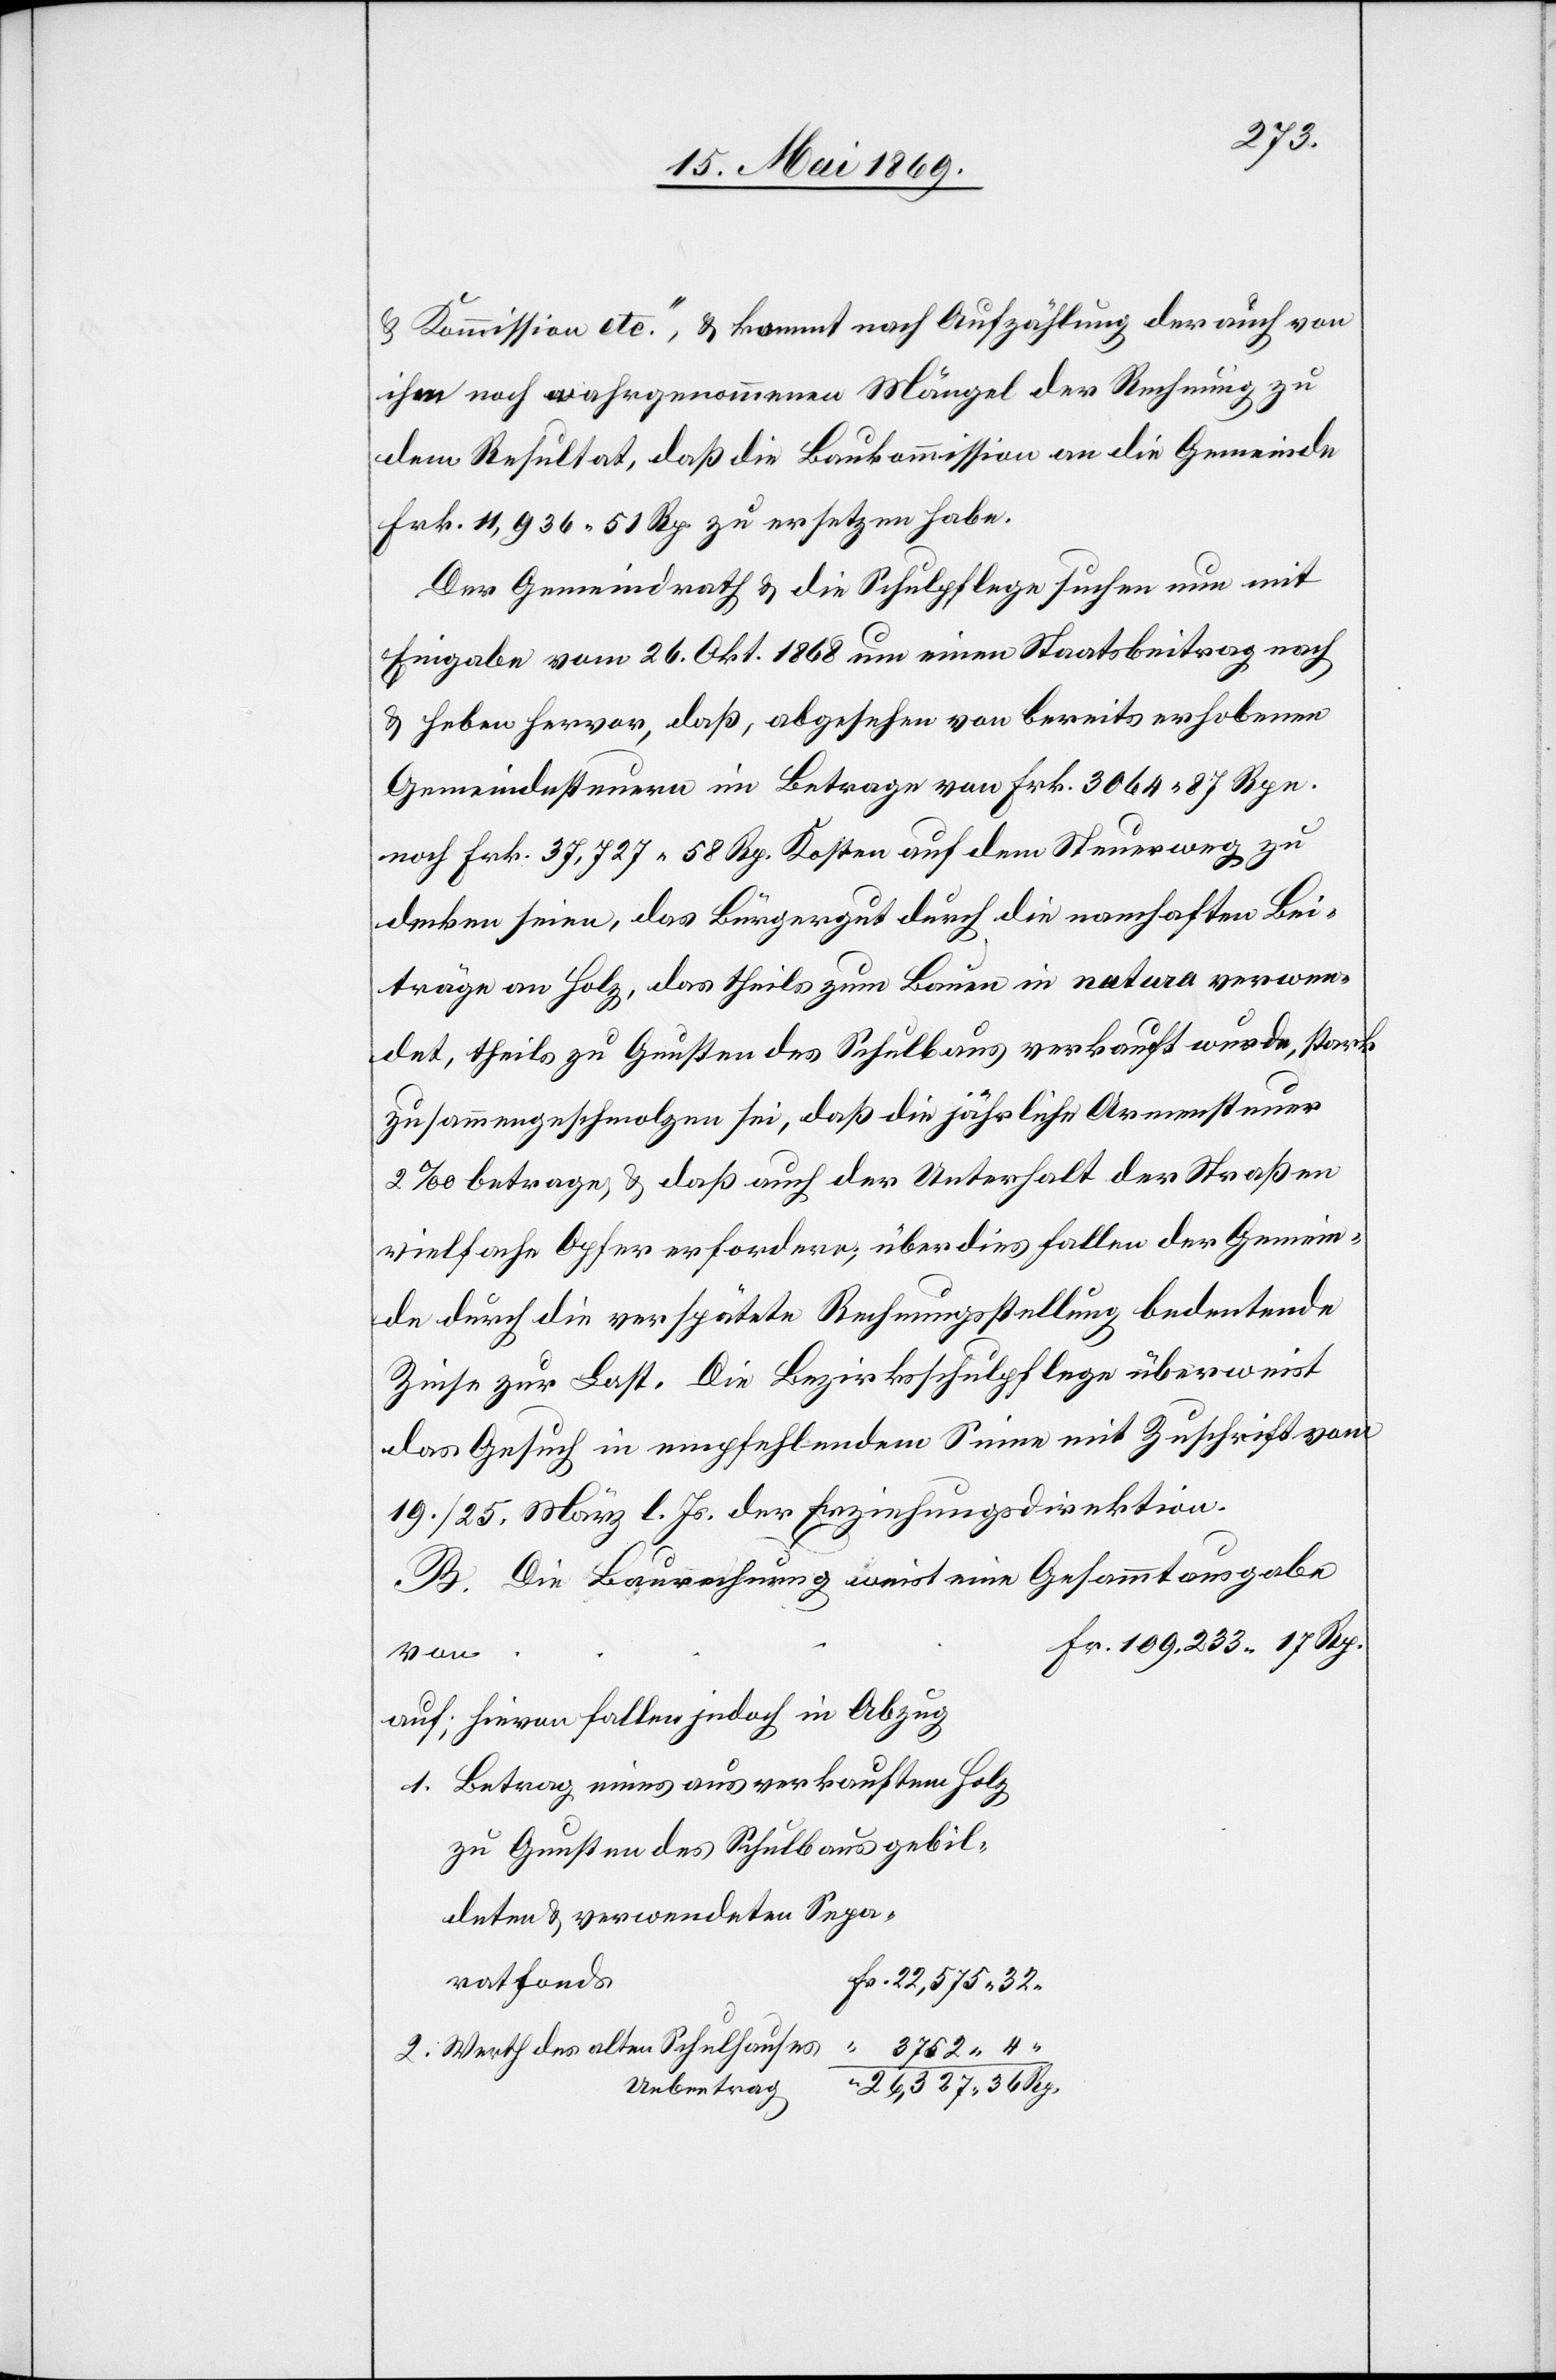
u. Kommission etc.“, u. kommt nach Aufzählung der auch von
ihm noch wahrgenommenen Mängel der Rechnung zu
dem Resultat, daß die Baukommission an die Gemeinde
Frk. 11,936.51 Rp. zu ersetzen habe.
Der Gemeindrath u. die Schulpflege suchen nun mit
Eingabe vom 26. Okt. 1868 um einen Staatsbeitrag nach
u. heben hervor, daß, abgesehen von bereits erhobenen
Gemeindesteuern im Betrage von Frk. 3064.87 Rpn.
nach Frk. 37,727.58 Rp. Kosten auf dem Steuerweg zu
denken seien, das Bürgergut durch die namhaften Bei¬
träge an Holz, das theils zum Bauen in natura verwen¬
det, theils zu Gunsten des Schulbaus verkauft wurde, stark
zusammengeschmolzen sei, daß die jährliche Armensteuer
2‰ betrage, u. daß auch der Unterhalt der Straßen
vielfache Opfer erfordere, überdies fallen der Gemein¬
de durch die verspätete Rechnungsstellung bedeutende
Zinse zur Last. Die Bezirksschulpflege überweist
das Gesuch in empfehlendem Sinne mit Zuschrift vom
19./25. März l. Js. der Erziehungsdirektion.
B. Die Baurechnung weist eine Gesammtausgabe
109.233.17 Rp.
Auf; hievon fallen jedoch in Abzug
1. Betrag eines ausverkauften Holz
“ 3752.4
2. Werth des alten Schulhauses
26,327.36 Rp.